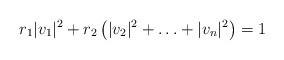
LaTeX: \begin{align*} r_1 |v_1|^2 + r_2 \left( |v_2|^2 + \ldots + |v_n |^2 \right) = 1\end{align*}